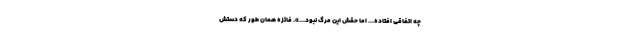
چه اتفاقی افتاده... اما حقش این مرگ نبود...». فائزه همان طور که دستش